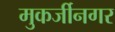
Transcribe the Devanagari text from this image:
मुकर्जीनगर